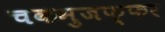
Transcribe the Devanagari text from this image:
चकमुजफ्फर